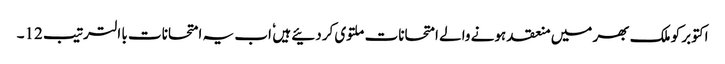
اکتوبر کو ملک بھر میں منعقد ہونے والے امتحانات ملتوی کردئیے ہیں ٗ اب یہ امتحانات با الترتیب 12۔